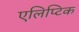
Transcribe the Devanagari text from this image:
एलिप्टिक